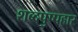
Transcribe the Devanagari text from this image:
शब्दपुष्पहार